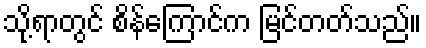
သို့ရာတွင် စိန်ကြောင်က မြင်တတ်သည်။